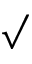
\surd